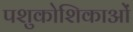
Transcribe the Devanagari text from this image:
पशुकोशिकाओं